Indian journal of veterinary science and animal husbandry - Volume 10,
Year: 1940
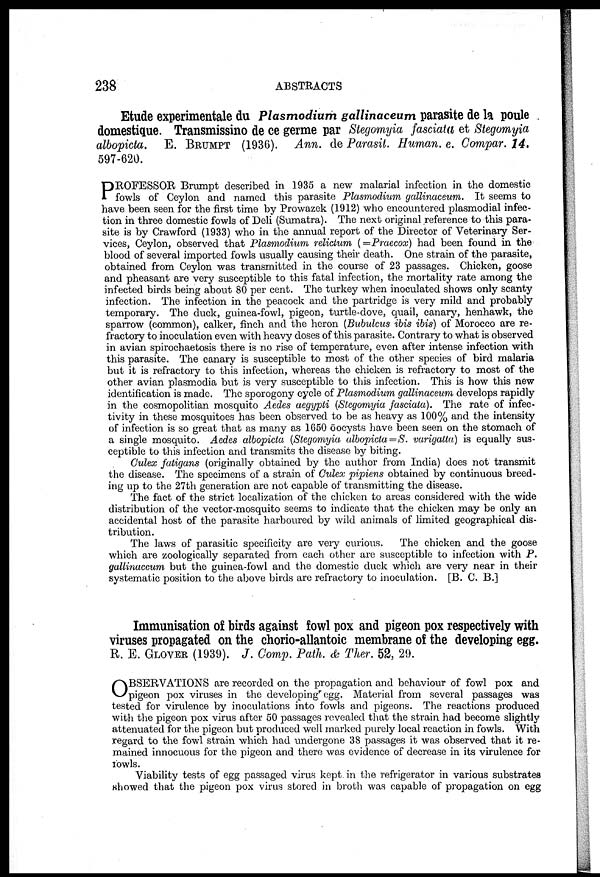
238
ABSTRACTS
Etude experimentale du Plasmodium gallinaceum parasite de la poule
domestique. Transmissino de ce germe par Stegomyia fasciata et Stegomyia
albopicta. E. BRUMPT (1936). Ann. de Parasit. Human. e. Compar. 14.
597-620.
P ROFESSOR Brumpt described in 1935 a new malarial infection in the domestic
fowls of Ceylon and named this parasite Plasmodium gallinaceum. It seems to
have been seen for the first time by Prowazek (1912) who encountered plasmodial infec-
tion in three domestic fowls of Deli (Sumatra). The next original reference to this para-
site is by Crawford (1933) who in the annual report of the Director of Veterinary Ser-
vices, Ceylon, observed that Plasmodium relictum (=Praecox) had been found in the
blood of several imported fowls usually causing their death. One strain of the parasite,
obtained from Ceylon was transmitted in the course of 23 passages. Chicken, goose
and pheasant are very susceptible to this fatal infection, the mortality rate among the
infected birds being about 80 per cent. The turkey when inoculated shows only scanty
infection. The infection in the peacock and the partridge is very mild and probably
temporary. The duck, guinea-fowl, pigeon, turtle-dove, quail, canary, henhawk, the
sparrow (common), calker, finch and the heron (Bubulcus ibis ibis) of Morocco are re-
fractory to inoculation even with heavy doses of this parasite. Contrary to what is observed
in avian spirochaetosis there is no rise of temperature, even after intense infection with
this parasite. The canary is susceptible to most of the other species of bird malaria
but it is refractory to this infection, whereas the chicken is refractory to most of the
other avian plasmodia but is very susceptible to this infection. This is how this new
identification is made. The sporogony cycle of Plasmodium gallinaceum develops rapidly
in the cosmopolitian mosquito Aedes aegypti (Stegomyia fasciata). The rate of infec¬
tivity in these mosquitoes has been observed to be as heavy as 100% and the intensity
of infection is so great that as many as 1650 öocysts have been seen on the stomach of
a single mosquito. Aedes albopicta (Stegomyia albopicta=S. varigatta) is equally sus-
ceptible to this infection and transmits the disease by biting.
Culex fatigans (originally obtained by the author from India) does not transmit
the disease. The specimens of a strain of Culex pipiens obtained by continuous breed-
ing up to the 27th generation are not capable of transmitting the disease.
The fact of the strict localization of the chicken to areas considered with the wide
distribution of the vector-mosquito seems to indicate that the chicken may be only an
accidental host of the parasite harboured by wild animals of limited geographical dis-
tribution.
The laws of parasitic specificity are very curious.
The chicken and the goose
which are zoologically separated from each other are susceptible to infection with P.
gallinaceum but the guinea-fowl and the domestic duck which are very near in their
systematic position to the above birds are refractory to inoculation. [B. C. B.]
Immunisation of birds against fowl pox and pigeon pox respectively with
viruses propagated on the chorio-allantoic membrane of the developing egg.
R. E. GLOVER (1939). J. Comp. Path. & Ther. 52, 29.
O BSERVATIONS are recorded on the propagation and behaviour of fowl pox and
pigeon pox viruses in the developing egg. Material from several passages was
tested for virulence by inoculations into fowls and pigeons. The reactions produced
with the pigeon pox virus after 50 passages revealed that the strain had become slightly
attenuated for the pigeon but produced well marked purely local reaction in fowls. With
regard to the fowl strain which had undergone 38 passages it was observed that it re-
mained innocuous for the pigeon and there was evidence of decrease in its virulence for
fowls.
Viability tests of egg passaged virus kept in the refrigerator in various substrates
showed that the pigeon pox virus stored in broth was capable of propagation on egg